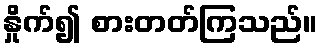
နှိုက်၍ စားတတ်ကြသည်။